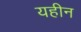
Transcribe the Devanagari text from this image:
यहीन